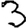
Digit: 3